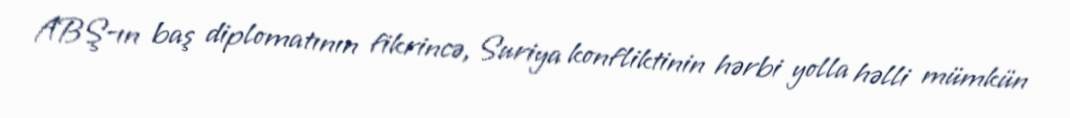
ABŞ-ın baş diplomatının fikrincə, Suriya konfliktinin hərbi yolla həlli mümkün